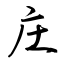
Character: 庄